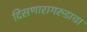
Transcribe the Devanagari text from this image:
दिसणारागरुडाचा